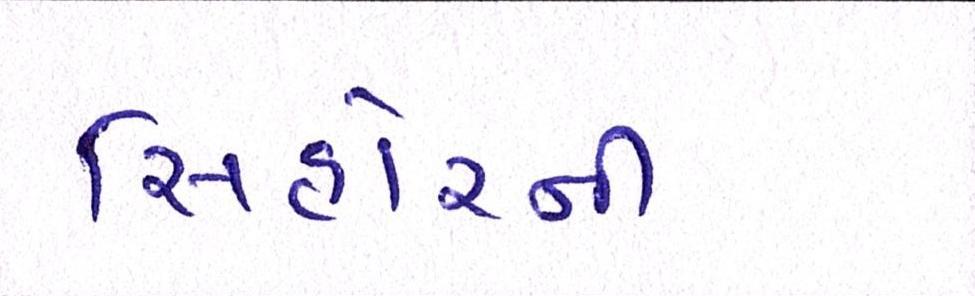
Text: સિહોરની